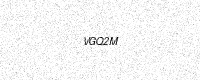
Text: VGQ2M